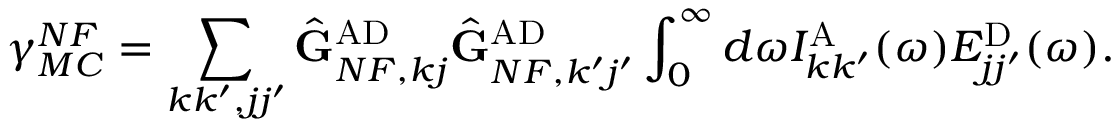
\gamma _ { M C } ^ { N F } = \sum _ { k k ^ { \prime } , j j ^ { \prime } } \hat { \mathbf { G } } _ { N F , k j } ^ { \mathrm { A D } } \hat { \mathbf { G } } _ { N F , k ^ { \prime } j ^ { \prime } } ^ { \mathrm { A D } } \int _ { 0 } ^ { \infty } d \omega I _ { k k ^ { \prime } } ^ { \mathrm { A } } ( \omega ) E _ { j j ^ { \prime } } ^ { \mathrm { D } } ( \omega ) .